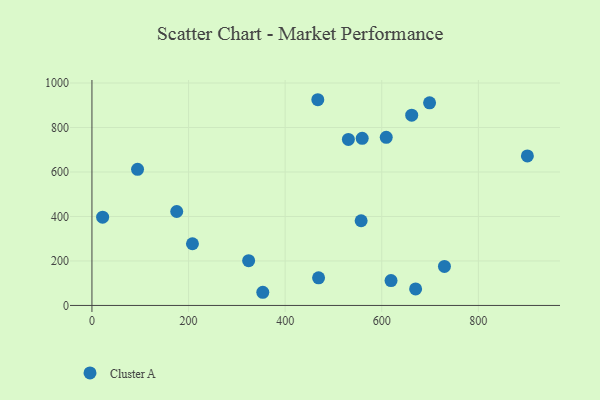
{"axis": {"x": "Speed", "y": "Rating"}, "legend": ["Cluster A"], "data": [{"x": "729.8", "y": 175.6, "type": "Cluster A"}, {"x": "22.1", "y": 397.0, "type": "Cluster A"}, {"x": "662.0", "y": 855.5, "type": "Cluster A"}, {"x": "699.0", "y": 911.1, "type": "Cluster A"}, {"x": "670.1", "y": 74.4, "type": "Cluster A"}, {"x": "559.5", "y": 751.5, "type": "Cluster A"}, {"x": "557.3", "y": 380.7, "type": "Cluster A"}, {"x": "619.2", "y": 111.9, "type": "Cluster A"}, {"x": "469.2", "y": 124.3, "type": "Cluster A"}, {"x": "467.6", "y": 924.9, "type": "Cluster A"}, {"x": "353.7", "y": 59.2, "type": "Cluster A"}, {"x": "175.5", "y": 422.3, "type": "Cluster A"}, {"x": "94.4", "y": 612.0, "type": "Cluster A"}, {"x": "208.1", "y": 277.3, "type": "Cluster A"}, {"x": "324.4", "y": 201.4, "type": "Cluster A"}, {"x": "530.9", "y": 746.5, "type": "Cluster A"}, {"x": "901.5", "y": 672.1, "type": "Cluster A"}, {"x": "609.3", "y": 755.8, "type": "Cluster A"}]}